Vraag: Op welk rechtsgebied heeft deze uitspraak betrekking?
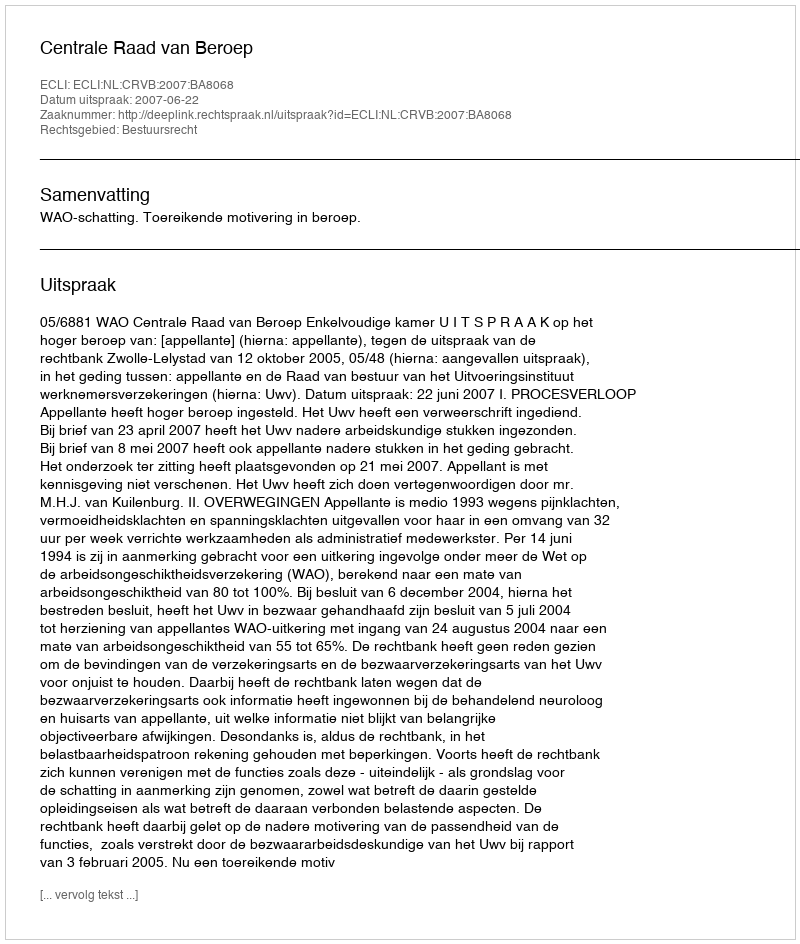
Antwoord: Bestuursrecht